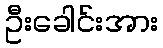
ဦးခေါင်းအား